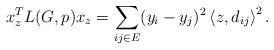
LaTeX: \begin{align*} x_z^T L(G,p) x_z= \sum_{ij\in E} (y_i-y_j)^2 \left\langle z,d_{ij}\right\rangle^2.\end{align*}